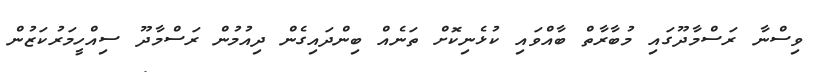
ވިސްނާ ރަސްމާދޫގައި މުބާރާތް ބާއްވައި ކުޅެނިކޮށް ތަނެއް ބިންދައިގެން ދިއުމުން ރަސްމާދޫ ސިއްހީމަރުކަޒުން